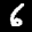
Label: 6